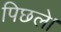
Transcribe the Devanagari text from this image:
पिछले।